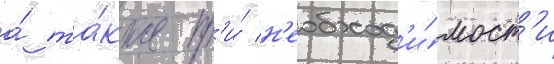
а́ та́кже пр'и́ н'еобход'и́мост'и